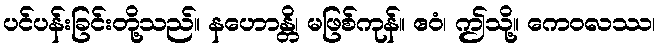
ပင်ပန်းခြင်းတို့သည်။ နဟောန္တိ၊ မဖြစ်ကုန်။ ဧဝံ၊ ဤသို့။ ကေဝလဿ၊